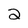
Character: 2